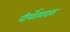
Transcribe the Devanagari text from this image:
वीर्योत्पादक